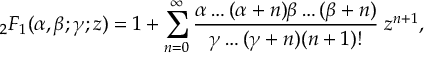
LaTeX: { } _ { 2 } F _ { 1 } ( \alpha , \beta ; \gamma ; z ) = 1 + \sum _ { n = 0 } ^ { \infty } \frac { \alpha \dots ( \alpha + n ) \beta \dots ( \beta + n ) } { \gamma \dots ( \gamma + n ) ( n + 1 ) ! } \; z ^ { n + 1 } ,